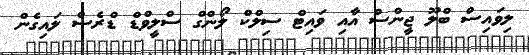
ލިވައިސް ބްލޫ ޖީންސް އާއި ވައިޓް ސިލްކް ލޯންގް ސްލީވްޑް ޑްރެސް ލައިގެން